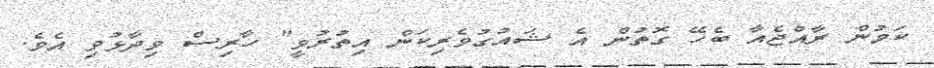
ކަމުން ރާއްޖެއާ ބެހޭ ގޮތުން އެ ޝައުގުވެރިކަން އިތުރުވީ" ހާރިސް ވިދާޅުވި އެވެ.